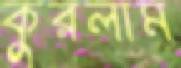
কুরলাম